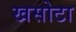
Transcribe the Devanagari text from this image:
खसोटा